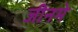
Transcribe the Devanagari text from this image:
जीनमे